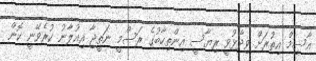
އާސިމް އިތުރަށް ވިދާޅުވީ ރިޔާސީ އިންތިހާބުގެ ރަސްމީ ނަތީޖާ އިއުލާނު ކުރެވޭނީ ކޮން